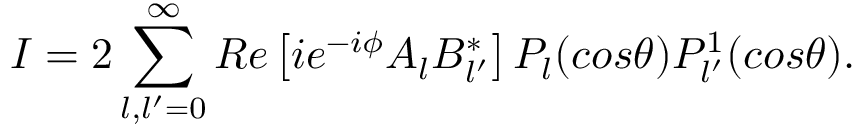
I = 2 \sum _ { l , l ^ { \prime } = 0 } ^ { \infty } R e \left[ i e ^ { - i \phi } A _ { l } B _ { l ^ { \prime } } ^ { * } \right] P _ { l } ( c o s \theta ) P _ { l ^ { \prime } } ^ { 1 } ( c o s \theta ) .